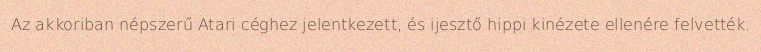
Az akkoriban népszerű Atari céghez jelentkezett, és ijesztő hippi kinézete ellenére felvették.